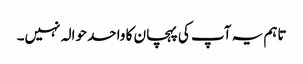
تاہم یہ آپ کی پہچان کا واحد حوالہ نہیں۔